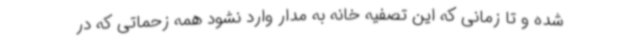
شده و تا زمانی که این تصفیه خانه به مدار وارد نشود همه زحماتی که در